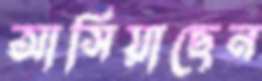
আসিয়াছেন